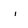
Character: i